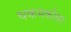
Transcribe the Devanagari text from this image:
चकमकीवर